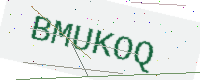
Text: BMUKOQ